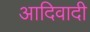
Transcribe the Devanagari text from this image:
आदिवादी